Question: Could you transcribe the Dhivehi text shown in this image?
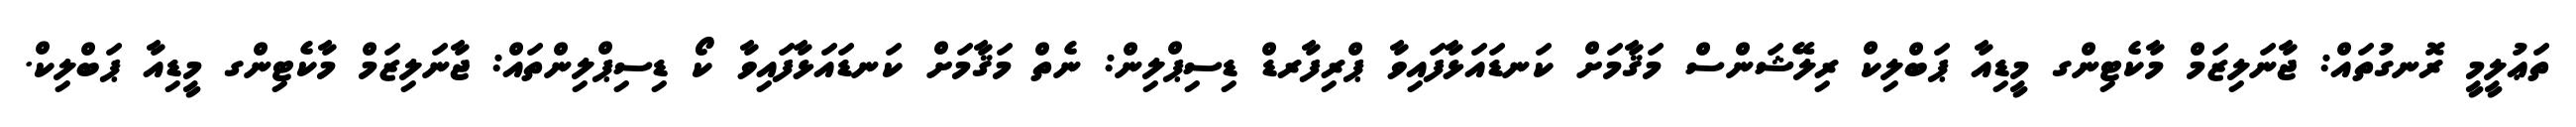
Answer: ތަޢުލީމީ ރޮނގުތައް: ޖާނަލިޒަމް މާކެޓިންގ މީޑިއާ ޕަބްލިކް ރިލޭޝަންސް މަޤާމަށް ކަނޑައަޅާފައިވާ ޕްރިފާރޑް ޑިސިޕްލިން: ނެތް މަޤާމަށް ކަނޑައަޅާފައިވާ ކޯ ޑިސިޕްލިންތައް: ޖާނަލިޒަމް މާކެޓިންގ މީޑިއާ ޕަބްލިކް.